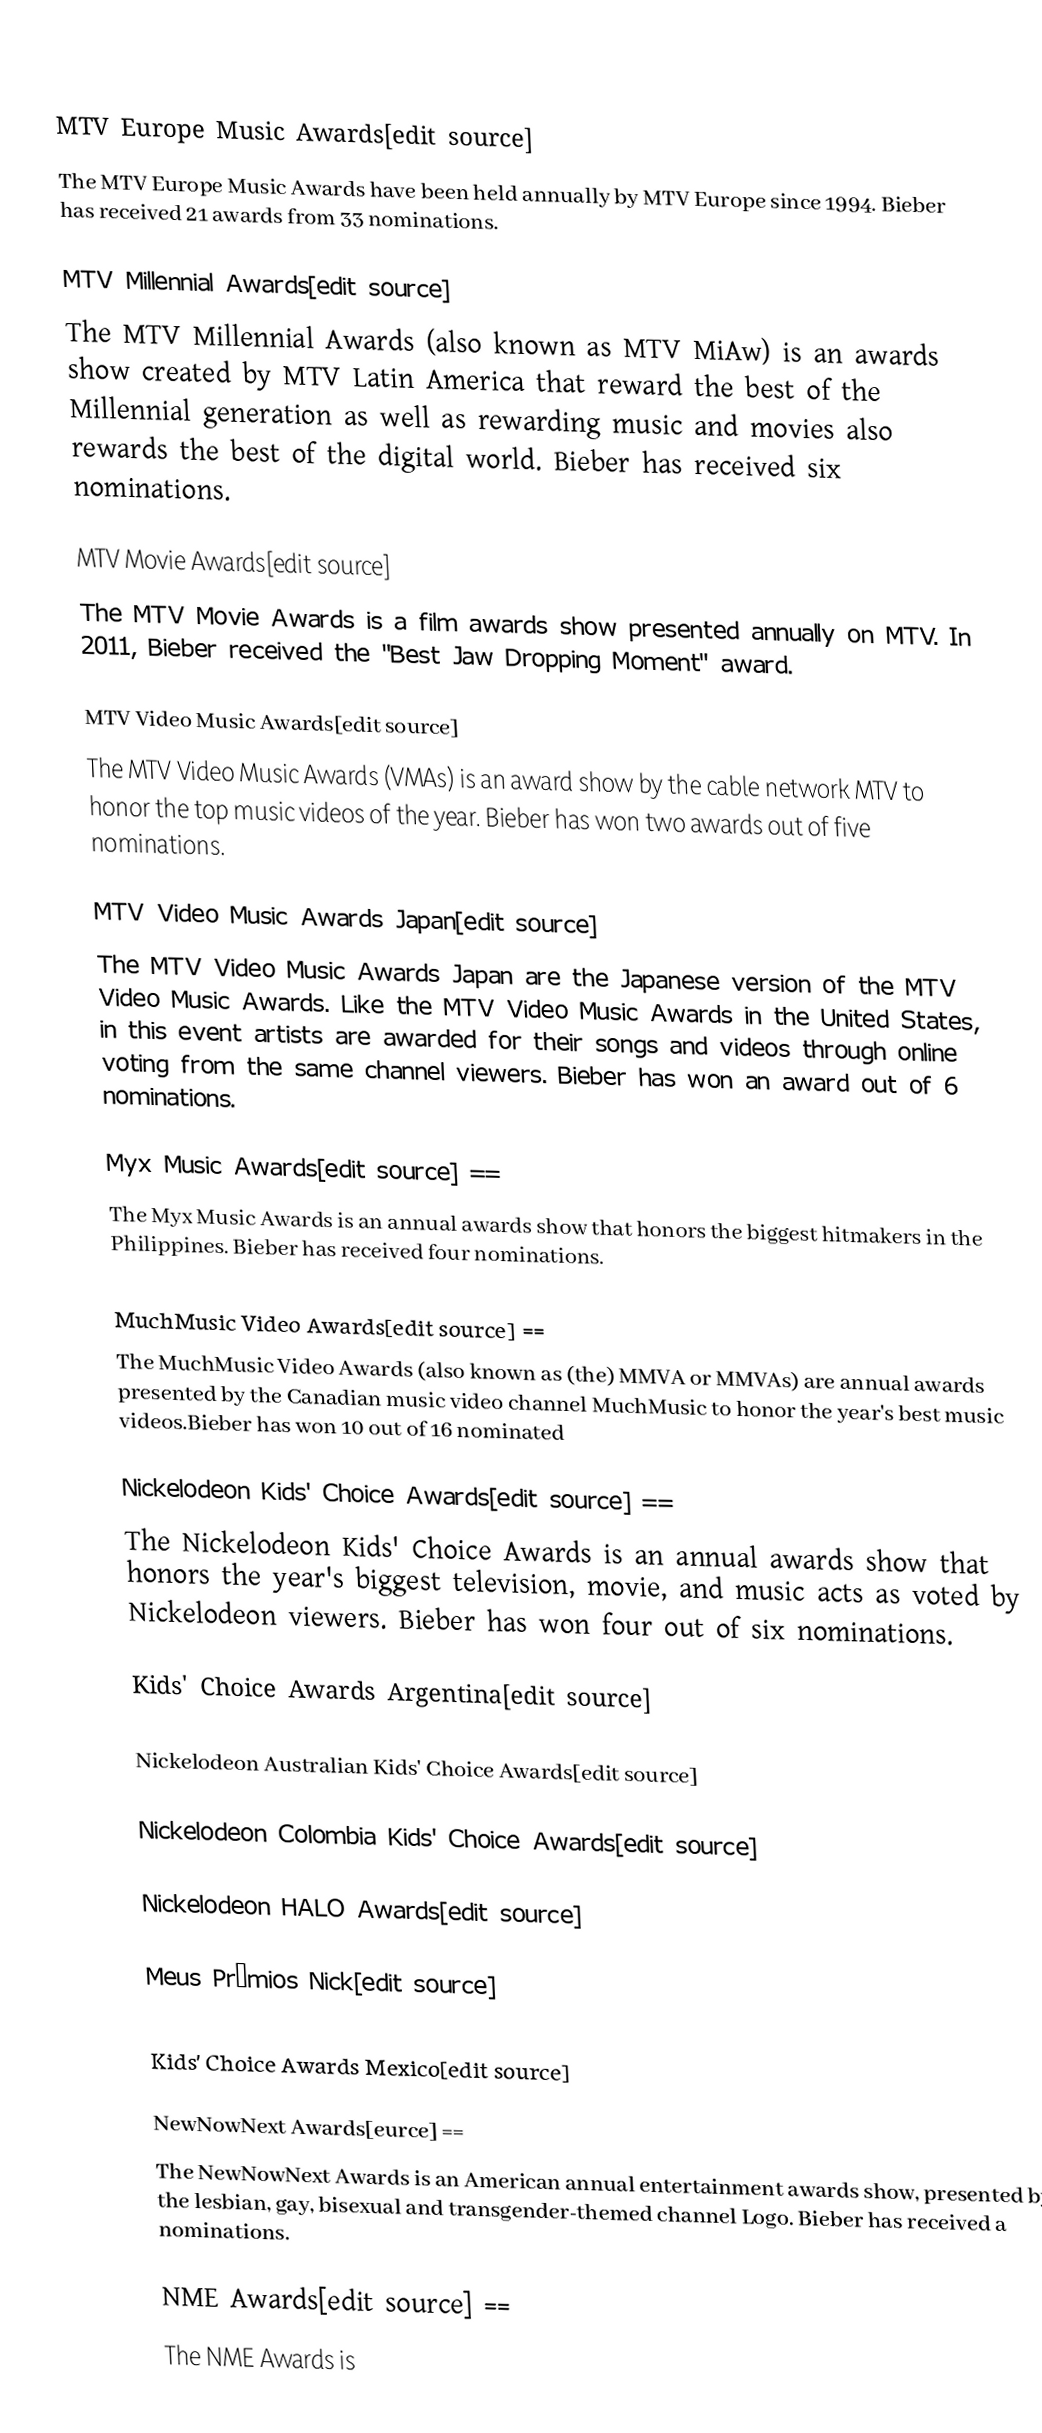

MTV Europe Music Awards[edit source]
The MTV Europe Music Awards have been held annually by MTV Europe since 1994. Bieber has received 21 awards from 33 nominations.

MTV Millennial Awards[edit source]
The MTV Millennial Awards (also known as MTV MiAw) is an awards show created by MTV Latin America that reward the best of the Millennial generation as well as rewarding music and movies also rewards the best of the digital world. Bieber has received six nominations.

MTV Movie Awards[edit source]
The MTV Movie Awards is a film awards show presented annually on MTV. In 2011, Bieber received the "Best Jaw Dropping Moment" award.

MTV Video Music Awards[edit source]
The MTV Video Music Awards (VMAs) is an award show by the cable network MTV to honor the top music videos of the year. Bieber has won two awards out of five nominations.

MTV Video Music Awards Japan[edit source]
The MTV Video Music Awards Japan are the Japanese version of the MTV Video Music Awards. Like the MTV Video Music Awards in the United States, in this event artists are awarded for their songs and videos through online voting from the same channel viewers. Bieber has won an award out of 6 nominations.

 Myx Music Awards[edit source] ==
The Myx Music Awards is an annual awards show that honors the biggest hitmakers in the Philippines. Bieber has received four nominations.

 MuchMusic Video Awards[edit source] ==
The MuchMusic Video Awards (also known as (the) MMVA or MMVAs) are annual awards presented by the Canadian music video channel MuchMusic to honor the year's best music videos.Bieber has won 10 out of 16 nominated

Nickelodeon Kids' Choice Awards[edit source] ==
The Nickelodeon Kids' Choice Awards is an annual awards show that honors the year's biggest television, movie, and music acts as voted by Nickelodeon viewers. Bieber has won four out of six nominations.

Kids' Choice Awards Argentina[edit source]

Nickelodeon Australian Kids' Choice Awards[edit source]

Nickelodeon Colombia Kids' Choice Awards[edit source]

Nickelodeon HALO Awards[edit source]

Meus Prêmios Nick[edit source]

Kids' Choice Awards Mexico[edit source]

 NewNowNext Awards[eurce] ==
The NewNowNext Awards is an American annual entertainment awards show, presented by the lesbian, gay, bisexual and transgender-themed channel Logo. Bieber has received a nominations.

 NME Awards[edit source] ==
The NME Awards is